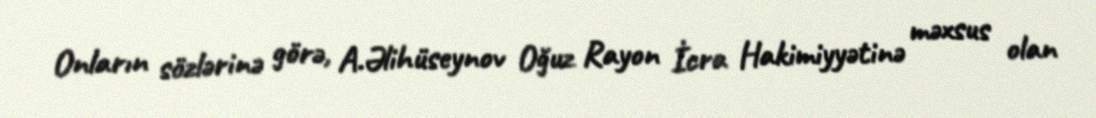
Onların sözlərinə görə, A.Əlihüseynov Oğuz Rayon İcra Hakimiyyətinə məxsus olan